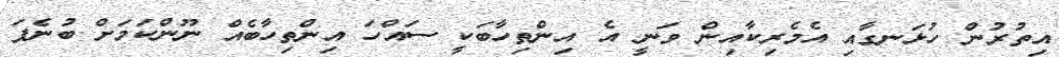
އިތުރުން ހުޅަނގާއި އެމެރިކާއިން ވަނީ އެ އިންތިހާބަކީ ސައްހަ އިންތިހާބެއް ނޫންކަމަށް ބުނެފަ